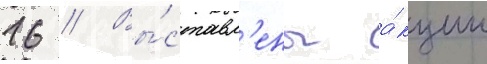
16 // Вы́ставл'ены а́кции